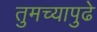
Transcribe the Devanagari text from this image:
तुमच्यापुढे